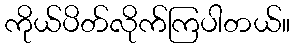
ကိုယ်ပိတ်လိုက်ကြပါတယ်။